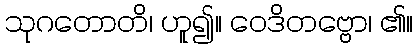
သုဂတောတိ၊ ဟူ၍။ ဝေဒိတဗ္ဗော၊ ၏။